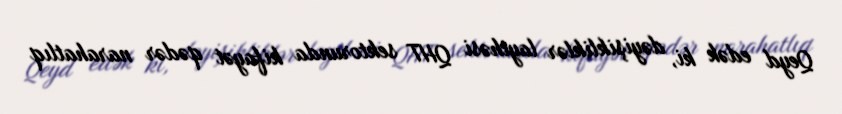
Qeyd edək ki, dəyişikliklər layihəsi QHT sektorunda kifayət qədər narahatlıq